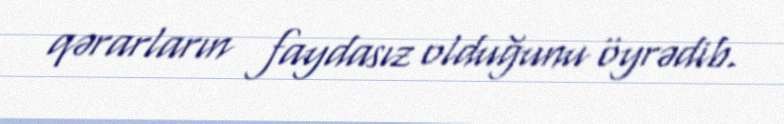
qərarların faydasız olduğunu öyrədib.